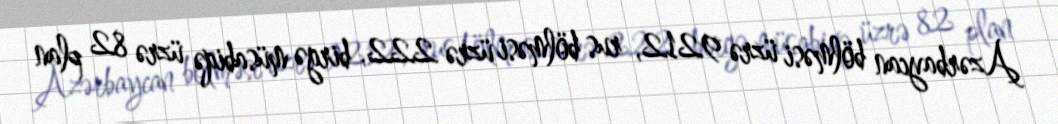
Azərbaycan bölməsi üzrə 9212, rus bölməsi üzrə 222, birgə müsabiqə üzrə 82 plan